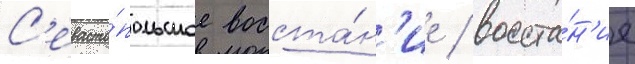
С'евасто́польское восста́н'ие / восста́н'ие